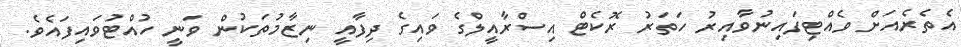
އެތެރެއަށް ވެއްޓިފައިނުވާއިރު ހަތަރު ރޮކެޓް އިސްރާއީލްގެ ވައިގެ ދިފާއީ ނިޒާމުތަކުން ވަނީ ހުއްޓުވައިފައެވެ.